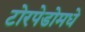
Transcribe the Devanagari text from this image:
टोरपेडोमधे